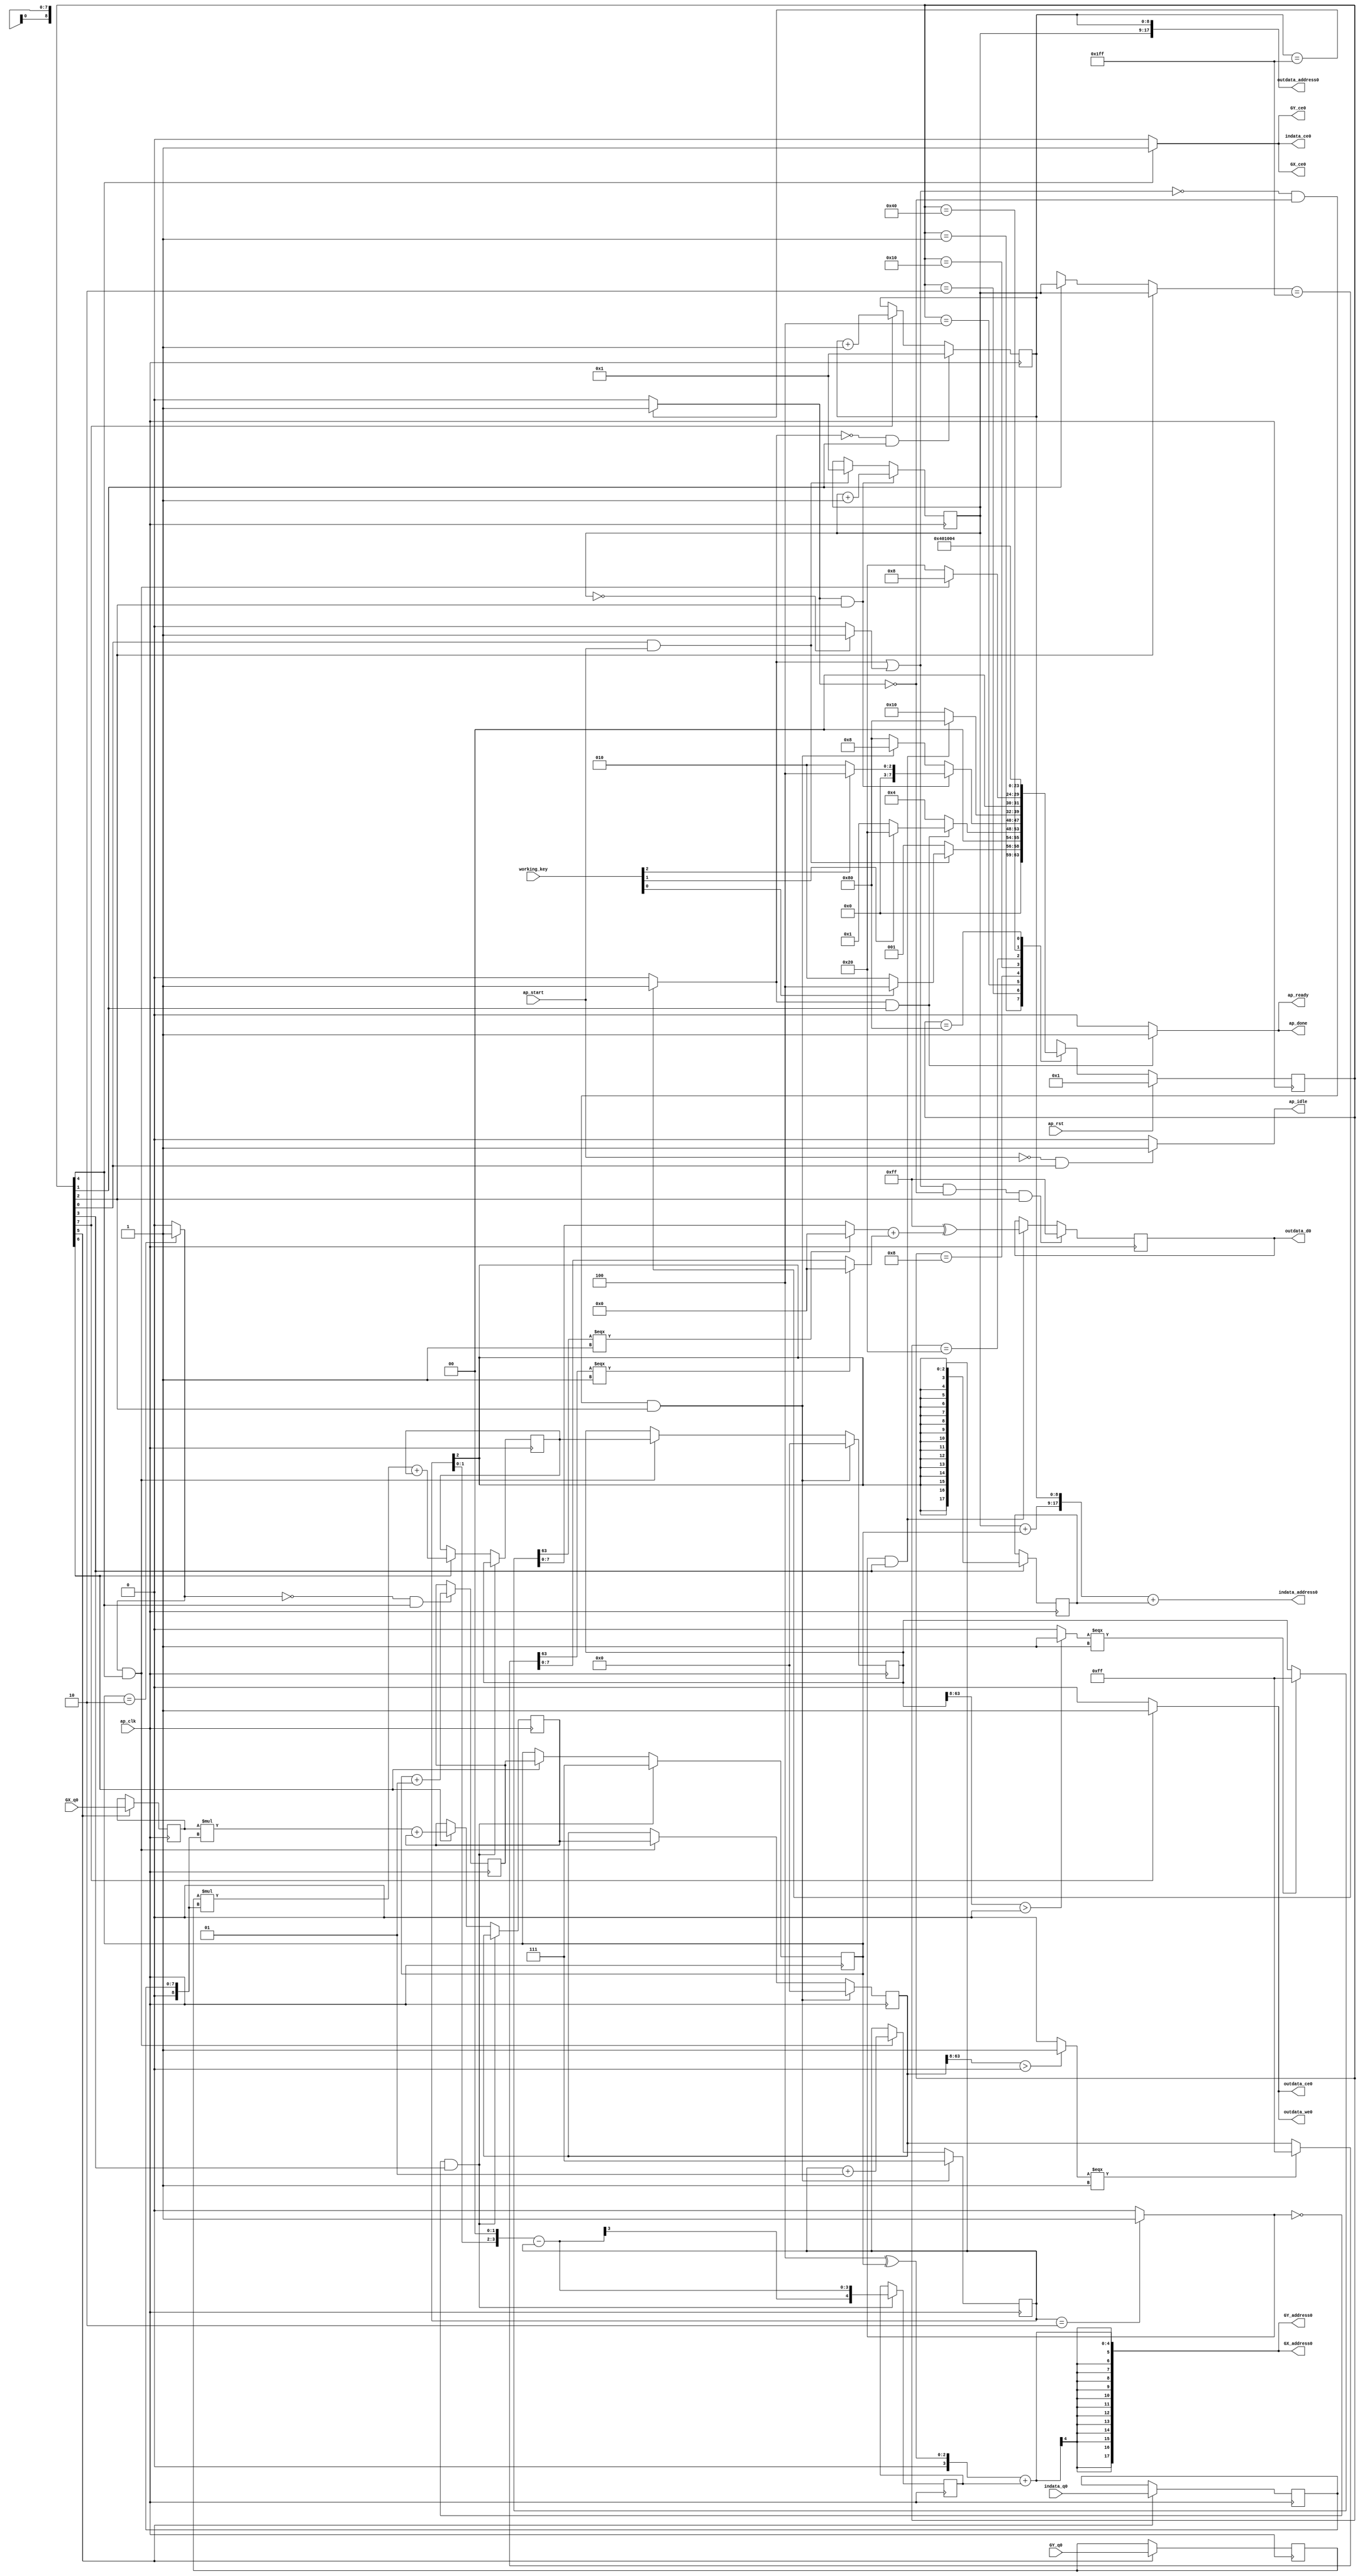

module sobel_0_obf
(
  ap_clk,
  ap_rst,
  ap_start,
  ap_done,
  ap_idle,
  ap_ready,
  indata_address0,
  indata_ce0,
  indata_q0,
  outdata_address0,
  outdata_ce0,
  outdata_we0,
  outdata_d0,
  GX_address0,
  GX_ce0,
  GX_q0,
  GY_address0,
  GY_ce0,
  GY_q0,
  working_key,
);

  parameter ap_ST_fsm_state1 = 8'd1;
  parameter ap_ST_fsm_state2 = 8'd2;
  parameter ap_ST_fsm_state3 = 8'd4;
  parameter ap_ST_fsm_state4 = 8'd8;
  parameter ap_ST_fsm_state5 = 8'd16;
  parameter ap_ST_fsm_state6 = 8'd32;
  parameter ap_ST_fsm_state7 = 8'd64;
  parameter ap_ST_fsm_state8 = 8'd128;
  input ap_clk;
  input ap_rst;
  input ap_start;
  output ap_done;
  output ap_idle;
  output ap_ready;
  input [2:0] working_key;
  output [17:0] indata_address0;
  output indata_ce0;
  input [7:0] indata_q0;
  output [17:0] outdata_address0;
  output outdata_ce0;
  output outdata_we0;
  output [7:0] outdata_d0;
  output [17:0] GX_address0;
  output GX_ce0;
  input [31:0] GX_q0;
  output [17:0] GY_address0;
  output GY_ce0;
  input [31:0] GY_q0;
  reg ap_done;
  reg ap_idle;
  reg ap_ready;
  reg indata_ce0;
  reg outdata_ce0;
  reg outdata_we0;
  reg GX_ce0;
  reg GY_ce0;
  reg [7:0] ap_CS_fsm;
  wire ap_CS_fsm_state1;
  wire [8:0] Y_fu_242_p2;
  wire ap_CS_fsm_state3;
  wire [0:0] icmp_ln14_fu_224_p2;
  wire signed [17:0] sext_ln37_fu_248_p1;
  reg signed [17:0] sext_ln37_reg_521;
  wire ap_CS_fsm_state4;
  wire signed [4:0] sext_ln39_1_fu_280_p1;
  reg signed [4:0] sext_ln39_1_reg_529;
  wire [0:0] icmp_ln37_fu_256_p2;
  wire [7:0] xor_ln51_fu_378_p2;
  wire ap_CS_fsm_state5;
  wire [0:0] icmp_ln38_fu_384_p2;
  wire [2:0] J_fu_443_p2;
  reg [2:0] J_reg_557;
  wire [2:0] I_fu_449_p2;
  reg [7:0] indata_load_reg_567;
  wire ap_CS_fsm_state6;
  reg signed [31:0] GX_load_reg_572;
  reg signed [31:0] GY_load_reg_577;
  wire [63:0] sumX_fu_467_p2;
  wire ap_CS_fsm_state7;
  wire [63:0] sumY_fu_482_p2;
  wire [8:0] X_fu_501_p2;
  wire ap_CS_fsm_state8;
  wire [8:0] ap_phi_mux_Y_0_phi_fu_114_p4;
  reg [8:0] Y_0_reg_110;
  reg [8:0] X_0_reg_122;
  wire ap_CS_fsm_state2;
  wire [0:0] grp_fu_217_p2;
  reg [63:0] sumY_0_reg_134;
  wire [0:0] empty_7_fu_236_p2;
  reg [63:0] sumX_0_reg_146;
  reg signed [2:0] I_0_reg_158;
  reg [63:0] sumY_1_reg_170;
  reg [63:0] sumX_1_reg_182;
  reg signed [2:0] J_0_reg_194;
  reg [7:0] phi_ln53_reg_205;
  wire [63:0] zext_ln39_fu_413_p1;
  wire [63:0] zext_ln39_3_fu_437_p1;
  wire [63:0] zext_ln53_fu_496_p1;
  reg [8:0] grp_fu_217_p0;
  wire [0:0] empty_6_fu_230_p2;
  wire [1:0] trunc_ln39_fu_262_p1;
  wire [3:0] shl_ln_fu_266_p3;
  wire signed [3:0] sext_ln37_1_fu_252_p1;
  wire [3:0] sub_ln39_fu_274_p2;
  wire [55:0] tmp_1_fu_284_p4;
  wire [0:0] icmp_ln43_fu_294_p2;
  wire [63:0] select_ln43_fu_300_p3;
  wire [0:0] tmp_2_fu_308_p3;
  wire [7:0] trunc_ln44_fu_316_p1;
  wire [55:0] tmp_3_fu_328_p4;
  wire [0:0] icmp_ln47_fu_338_p2;
  wire [63:0] select_ln47_fu_344_p3;
  wire [0:0] tmp_4_fu_352_p3;
  wire [7:0] trunc_ln48_fu_360_p1;
  wire [7:0] select_ln48_fu_364_p3;
  wire [7:0] select_ln44_fu_320_p3;
  wire [7:0] add_ln51_fu_372_p2;
  wire signed [8:0] sext_ln39_2_fu_390_p1;
  wire [8:0] add_ln39_fu_394_p2;
  wire [17:0] tmp_fu_400_p3;
  wire [17:0] add_ln39_1_fu_408_p2;
  wire [2:0] xor_ln39_fu_418_p2;
  wire [4:0] zext_ln39_2_fu_424_p1;
  wire [4:0] add_ln39_2_fu_428_p2;
  wire signed [31:0] sext_ln39_3_fu_433_p1;
  wire [7:0] mul_ln39_fu_458_p1;
  wire [31:0] zext_ln39_1_fu_455_p1;
  wire [31:0] mul_ln39_fu_458_p2;
  wire signed [63:0] sext_ln39_fu_463_p1;
  wire [7:0] mul_ln40_fu_473_p1;
  wire [31:0] mul_ln40_fu_473_p2;
  wire signed [63:0] sext_ln40_fu_478_p1;
  wire [17:0] add_ln_fu_488_p3;
  reg [7:0] ap_NS_fsm;

  initial begin
    #0 ap_CS_fsm = 8'd1;
  end


  always @(posedge ap_clk) begin
    if(ap_rst == 1'b1) begin
      ap_CS_fsm <= ap_ST_fsm_state1;
    end else begin
      ap_CS_fsm <= ap_NS_fsm;
    end
  end


  always @(posedge ap_clk) begin
    if((empty_7_fu_236_p2 == 1'd0) & (icmp_ln14_fu_224_p2 == 1'd0) & (1'b1 == ap_CS_fsm_state3)) begin
      I_0_reg_158 <= 3'd7;
    end else if((icmp_ln38_fu_384_p2 == 1'd1) & (1'b1 == ap_CS_fsm_state5)) begin
      I_0_reg_158 <= I_fu_449_p2;
    end 
  end


  always @(posedge ap_clk) begin
    if((icmp_ln37_fu_256_p2 == 1'd0) & (1'b1 == ap_CS_fsm_state4)) begin
      J_0_reg_194 <= 3'd7;
    end else if(1'b1 == ap_CS_fsm_state7) begin
      J_0_reg_194 <= J_reg_557;
    end 
  end


  always @(posedge ap_clk) begin
    if((grp_fu_217_p2 == 1'd0) & (1'b1 == ap_CS_fsm_state2)) begin
      X_0_reg_122 <= 9'd1;
    end else if(1'b1 == ap_CS_fsm_state8) begin
      X_0_reg_122 <= X_fu_501_p2;
    end 
  end


  always @(posedge ap_clk) begin
    if((icmp_ln14_fu_224_p2 == 1'd1) & (1'b1 == ap_CS_fsm_state3)) begin
      Y_0_reg_110 <= Y_fu_242_p2;
    end else if((1'b1 == ap_CS_fsm_state1) & (ap_start == 1'b1)) begin
      Y_0_reg_110 <= 9'd1;
    end 
  end


  always @(posedge ap_clk) begin
    if((empty_7_fu_236_p2 == 1'd1) & (icmp_ln14_fu_224_p2 == 1'd0) & (1'b1 == ap_CS_fsm_state3)) begin
      phi_ln53_reg_205 <= 8'd255;
    end else if((icmp_ln37_fu_256_p2 == 1'd1) & (1'b1 == ap_CS_fsm_state4)) begin
      phi_ln53_reg_205 <= xor_ln51_fu_378_p2;
    end 
  end


  always @(posedge ap_clk) begin
    if((empty_7_fu_236_p2 == 1'd0) & (icmp_ln14_fu_224_p2 == 1'd0) & (1'b1 == ap_CS_fsm_state3)) begin
      sumX_0_reg_146 <= 64'd0;
    end else if((icmp_ln38_fu_384_p2 == 1'd1) & (1'b1 == ap_CS_fsm_state5)) begin
      sumX_0_reg_146 <= sumX_1_reg_182;
    end 
  end


  always @(posedge ap_clk) begin
    if((icmp_ln37_fu_256_p2 == 1'd0) & (1'b1 == ap_CS_fsm_state4)) begin
      sumX_1_reg_182 <= sumX_0_reg_146;
    end else if(1'b1 == ap_CS_fsm_state7) begin
      sumX_1_reg_182 <= sumX_fu_467_p2;
    end 
  end


  always @(posedge ap_clk) begin
    if((empty_7_fu_236_p2 == 1'd0) & (icmp_ln14_fu_224_p2 == 1'd0) & (1'b1 == ap_CS_fsm_state3)) begin
      sumY_0_reg_134 <= 64'd0;
    end else if((icmp_ln38_fu_384_p2 == 1'd1) & (1'b1 == ap_CS_fsm_state5)) begin
      sumY_0_reg_134 <= sumY_1_reg_170;
    end 
  end


  always @(posedge ap_clk) begin
    if((icmp_ln37_fu_256_p2 == 1'd0) & (1'b1 == ap_CS_fsm_state4)) begin
      sumY_1_reg_170 <= sumY_0_reg_134;
    end else if(1'b1 == ap_CS_fsm_state7) begin
      sumY_1_reg_170 <= sumY_fu_482_p2;
    end 
  end


  always @(posedge ap_clk) begin
    if(1'b1 == ap_CS_fsm_state6) begin
      GX_load_reg_572 <= GX_q0;
      GY_load_reg_577 <= GY_q0;
      indata_load_reg_567 <= indata_q0;
    end 
  end


  always @(posedge ap_clk) begin
    if((icmp_ln38_fu_384_p2 == 1'd0) & (1'b1 == ap_CS_fsm_state5)) begin
      J_reg_557 <= J_fu_443_p2;
    end 
  end


  always @(posedge ap_clk) begin
    if(1'b1 == ap_CS_fsm_state4) begin
      sext_ln37_reg_521 <= sext_ln37_fu_248_p1;
    end 
  end


  always @(posedge ap_clk) begin
    if((icmp_ln37_fu_256_p2 == 1'd0) & (1'b1 == ap_CS_fsm_state4)) begin
      sext_ln39_1_reg_529 <= sext_ln39_1_fu_280_p1;
    end 
  end


  always @(*) begin
    if(1'b1 == ap_CS_fsm_state5) begin
      GX_ce0 = 1'b1;
    end else begin
      GX_ce0 = 1'b0;
    end
  end


  always @(*) begin
    if(1'b1 == ap_CS_fsm_state5) begin
      GY_ce0 = 1'b1;
    end else begin
      GY_ce0 = 1'b0;
    end
  end


  always @(*) begin
    if((grp_fu_217_p2 == 1'd1) & (1'b1 == ap_CS_fsm_state2)) begin
      ap_done = 1'b1;
    end else begin
      ap_done = 1'b0;
    end
  end


  always @(*) begin
    if((ap_start == 1'b0) & (1'b1 == ap_CS_fsm_state1)) begin
      ap_idle = 1'b1;
    end else begin
      ap_idle = 1'b0;
    end
  end


  always @(*) begin
    if((grp_fu_217_p2 == 1'd1) & (1'b1 == ap_CS_fsm_state2)) begin
      ap_ready = 1'b1;
    end else begin
      ap_ready = 1'b0;
    end
  end


  always @(*) begin
    if(1'b1 == ap_CS_fsm_state3) begin
      grp_fu_217_p0 = Y_0_reg_110;
    end else if(1'b1 == ap_CS_fsm_state2) begin
      grp_fu_217_p0 = ap_phi_mux_Y_0_phi_fu_114_p4;
    end else begin
      grp_fu_217_p0 = 'bx;
    end
  end


  always @(*) begin
    if(1'b1 == ap_CS_fsm_state5) begin
      indata_ce0 = 1'b1;
    end else begin
      indata_ce0 = 1'b0;
    end
  end


  always @(*) begin
    if(1'b1 == ap_CS_fsm_state8) begin
      outdata_ce0 = 1'b1;
    end else begin
      outdata_ce0 = 1'b0;
    end
  end


  always @(*) begin
    if(1'b1 == ap_CS_fsm_state8) begin
      outdata_we0 = 1'b1;
    end else begin
      outdata_we0 = 1'b0;
    end
  end


  always @(*) begin
    case(ap_CS_fsm)
      ap_ST_fsm_state1: begin
        if((1'b1 == ap_CS_fsm_state1) & (ap_start == 1'b1)) begin
          if(working_key[0] == 1'b1) begin
            ap_NS_fsm = ap_ST_fsm_state3;
          end else begin
            ap_NS_fsm = ap_ST_fsm_state2;
          end
        end else begin
          ap_NS_fsm = ap_ST_fsm_state1;
        end
      end
      ap_ST_fsm_state2: begin
        if((grp_fu_217_p2 == 1'd1) & (1'b1 == ap_CS_fsm_state2)) begin
          if(working_key[1] == 1'b1) begin
            ap_NS_fsm = ap_ST_fsm_state6;
          end else begin
            ap_NS_fsm = ap_ST_fsm_state1;
          end
        end else begin
          ap_NS_fsm = ap_ST_fsm_state3;
        end
      end
      ap_ST_fsm_state3: begin
        if((icmp_ln14_fu_224_p2 == 1'd1) & (1'b1 == ap_CS_fsm_state3)) begin
          if(working_key[2] == 1'b1) begin
            ap_NS_fsm = ap_ST_fsm_state3;
          end else begin
            ap_NS_fsm = ap_ST_fsm_state2;
          end
        end else if((empty_7_fu_236_p2 == 1'd0) & (icmp_ln14_fu_224_p2 == 1'd0) & (1'b1 == ap_CS_fsm_state3)) begin
          ap_NS_fsm = ap_ST_fsm_state4;
        end else begin
          ap_NS_fsm = ap_ST_fsm_state8;
        end
      end
      ap_ST_fsm_state4: begin
        if((icmp_ln37_fu_256_p2 == 1'd1) & (1'b1 == ap_CS_fsm_state4)) begin
          ap_NS_fsm = ap_ST_fsm_state8;
        end else begin
          ap_NS_fsm = ap_ST_fsm_state5;
        end
      end
      ap_ST_fsm_state5: begin
        if((icmp_ln38_fu_384_p2 == 1'd1) & (1'b1 == ap_CS_fsm_state5)) begin
          ap_NS_fsm = ap_ST_fsm_state4;
        end else begin
          ap_NS_fsm = ap_ST_fsm_state6;
        end
      end
      ap_ST_fsm_state6: begin
        ap_NS_fsm = ap_ST_fsm_state7;
      end
      ap_ST_fsm_state7: begin
        ap_NS_fsm = ap_ST_fsm_state5;
      end
      ap_ST_fsm_state8: begin
        ap_NS_fsm = ap_ST_fsm_state3;
      end
      default: begin
        ap_NS_fsm = 'bx;
      end
    endcase
  end

  assign GX_address0 = zext_ln39_3_fu_437_p1;
  assign GY_address0 = zext_ln39_3_fu_437_p1;
  assign I_fu_449_p2 = $signed(I_0_reg_158) + $signed(3'd1);
  assign J_fu_443_p2 = $signed(J_0_reg_194) + $signed(3'd1);
  assign X_fu_501_p2 = X_0_reg_122 + 9'd1;
  assign Y_fu_242_p2 = Y_0_reg_110 + 9'd1;
  assign add_ln39_1_fu_408_p2 = $signed(tmp_fu_400_p3) + $signed(sext_ln37_reg_521);
  assign add_ln39_2_fu_428_p2 = $signed(zext_ln39_2_fu_424_p1) + $signed(sext_ln39_1_reg_529);
  assign add_ln39_fu_394_p2 = $signed(Y_0_reg_110) + $signed(sext_ln39_2_fu_390_p1);
  assign add_ln51_fu_372_p2 = select_ln48_fu_364_p3 + select_ln44_fu_320_p3;
  assign add_ln_fu_488_p3 = { { Y_0_reg_110 }, { X_0_reg_122 } };
  assign ap_CS_fsm_state1 = ap_CS_fsm[32'd0];
  assign ap_CS_fsm_state2 = ap_CS_fsm[32'd1];
  assign ap_CS_fsm_state3 = ap_CS_fsm[32'd2];
  assign ap_CS_fsm_state4 = ap_CS_fsm[32'd3];
  assign ap_CS_fsm_state5 = ap_CS_fsm[32'd4];
  assign ap_CS_fsm_state6 = ap_CS_fsm[32'd5];
  assign ap_CS_fsm_state7 = ap_CS_fsm[32'd6];
  assign ap_CS_fsm_state8 = ap_CS_fsm[32'd7];
  assign ap_phi_mux_Y_0_phi_fu_114_p4 = Y_0_reg_110;
  assign empty_6_fu_230_p2 = (Y_0_reg_110 == 9'd0)? 1'b1 : 1'b0;
  assign empty_7_fu_236_p2 = grp_fu_217_p2 | empty_6_fu_230_p2;
  assign grp_fu_217_p2 = (grp_fu_217_p0 == 9'd511)? 1'b1 : 1'b0;
  assign icmp_ln14_fu_224_p2 = (X_0_reg_122 == 9'd511)? 1'b1 : 1'b0;
  assign icmp_ln37_fu_256_p2 = (I_0_reg_158 == 3'd2)? 1'b1 : 1'b0;
  assign icmp_ln38_fu_384_p2 = (J_0_reg_194 == 3'd2)? 1'b1 : 1'b0;
  assign icmp_ln43_fu_294_p2 = ($signed(tmp_1_fu_284_p4) > $signed(56'd0))? 1'b1 : 1'b0;
  assign icmp_ln47_fu_338_p2 = ($signed(tmp_3_fu_328_p4) > $signed(56'd0))? 1'b1 : 1'b0;
  assign indata_address0 = zext_ln39_fu_413_p1;
  assign mul_ln39_fu_458_p1 = zext_ln39_1_fu_455_p1;
  assign mul_ln39_fu_458_p2 = $signed(GX_load_reg_572) * $signed({ { 1'b0 }, { mul_ln39_fu_458_p1 } });
  assign mul_ln40_fu_473_p1 = zext_ln39_1_fu_455_p1;
  assign mul_ln40_fu_473_p2 = $signed(GY_load_reg_577) * $signed({ { 1'b0 }, { mul_ln40_fu_473_p1 } });
  assign outdata_address0 = zext_ln53_fu_496_p1;
  assign outdata_d0 = phi_ln53_reg_205;
  assign select_ln43_fu_300_p3 = (icmp_ln43_fu_294_p2[0:0] === 1'b1)? 64'd255 : sumX_0_reg_146;
  assign select_ln44_fu_320_p3 = (tmp_2_fu_308_p3[0:0] === 1'b1)? 8'd0 : trunc_ln44_fu_316_p1;
  assign select_ln47_fu_344_p3 = (icmp_ln47_fu_338_p2[0:0] === 1'b1)? 64'd255 : sumY_0_reg_134;
  assign select_ln48_fu_364_p3 = (tmp_4_fu_352_p3[0:0] === 1'b1)? 8'd0 : trunc_ln48_fu_360_p1;
  assign sext_ln37_1_fu_252_p1 = I_0_reg_158;
  assign sext_ln37_fu_248_p1 = I_0_reg_158;
  assign sext_ln39_1_fu_280_p1 = $signed(sub_ln39_fu_274_p2);
  assign sext_ln39_2_fu_390_p1 = J_0_reg_194;
  assign sext_ln39_3_fu_433_p1 = $signed(add_ln39_2_fu_428_p2);
  assign sext_ln39_fu_463_p1 = $signed(mul_ln39_fu_458_p2);
  assign sext_ln40_fu_478_p1 = $signed(mul_ln40_fu_473_p2);
  assign shl_ln_fu_266_p3 = { { trunc_ln39_fu_262_p1 }, { 2'd0 } };
  assign sub_ln39_fu_274_p2 = $signed(shl_ln_fu_266_p3) - $signed(sext_ln37_1_fu_252_p1);
  assign sumX_fu_467_p2 = $signed(sext_ln39_fu_463_p1) + $signed(sumX_1_reg_182);
  assign sumY_fu_482_p2 = $signed(sext_ln40_fu_478_p1) + $signed(sumY_1_reg_170);
  assign tmp_1_fu_284_p4 = { { sumX_0_reg_146[63:8] } };
  assign tmp_2_fu_308_p3 = select_ln43_fu_300_p3[32'd63];
  assign tmp_3_fu_328_p4 = { { sumY_0_reg_134[63:8] } };
  assign tmp_4_fu_352_p3 = select_ln47_fu_344_p3[32'd63];
  assign tmp_fu_400_p3 = { { add_ln39_fu_394_p2 }, { X_0_reg_122 } };
  assign trunc_ln39_fu_262_p1 = I_0_reg_158[1:0];
  assign trunc_ln44_fu_316_p1 = select_ln43_fu_300_p3[7:0];
  assign trunc_ln48_fu_360_p1 = select_ln47_fu_344_p3[7:0];
  assign xor_ln39_fu_418_p2 = 3'd4 ^ J_0_reg_194;
  assign xor_ln51_fu_378_p2 = 8'd255 ^ add_ln51_fu_372_p2;
  assign zext_ln39_1_fu_455_p1 = indata_load_reg_567;
  assign zext_ln39_2_fu_424_p1 = xor_ln39_fu_418_p2;
  assign zext_ln39_3_fu_437_p1 = $unsigned(sext_ln39_3_fu_433_p1);
  assign zext_ln39_fu_413_p1 = add_ln39_1_fu_408_p2;
  assign zext_ln53_fu_496_p1 = add_ln_fu_488_p3;

endmodule